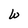
Character: W